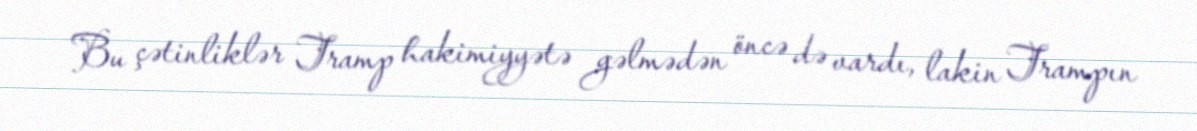
Bu çətinliklər Tramp hakimiyyətə gəlmədən öncə də vardı, lakin Trampın